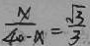
\frac { x } { 4 0 - x } = \frac { \sqrt { 3 } } { 3 }